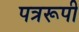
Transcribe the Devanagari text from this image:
पत्ररूपी